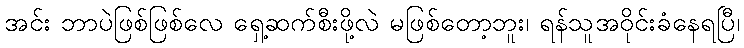
အင်း ဘာပဲဖြစ်ဖြစ်လေ ရှေ့ဆက်စီးဖို့လဲ မဖြစ်တော့ဘူး၊ ရန်သူအဝိုင်းခံနေရပြီ၊